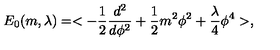
E _ { 0 } ( m , \lambda ) = < - { \frac { 1 } { 2 } } { \frac { d ^ { 2 } } { d \phi ^ { 2 } } } + { \frac { 1 } { 2 } } m ^ { 2 } \phi ^ { 2 } + \frac { \lambda } { 4 } \phi ^ { 4 } > ,